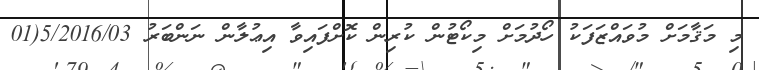
މި މަޤާމަށް މުވައްޒަފަކު ހޯދުމަށް މިކޯޓުން ކުރިން ކޮށްފައިވާ އިޢުލާން ނަންބަރު 5/2016/03(01